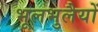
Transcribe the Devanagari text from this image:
भूलभुलैयों